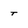
Character: t